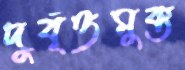
দুর্বৃত্তমুক্ত